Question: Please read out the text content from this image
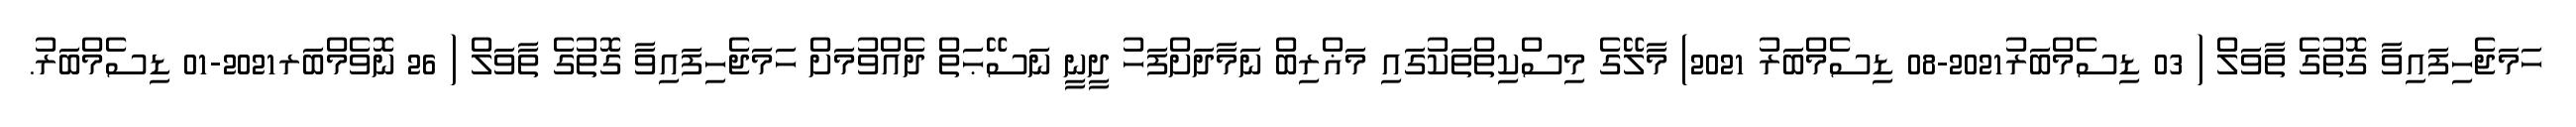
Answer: ހަމަޖެހިފައިވާ ގޮތުގެ ތާވަލް ( 03 ޑިސެމްބަރު2021-08 ޑިސެމްބަރު 2021) މާލޭގެ މިސްކިތްތަކުގައި މަޣްރިބް ނަމާދަށްފަހު ދީނީ ނަސޭޙަތް ދެއްވުމަށް ހަމަޖެހިފައިވާ ގޮތުގެ ތާވަލް ( 26 ނޮވެމްބަރ2021-01 ޑިސެމްބަރު.